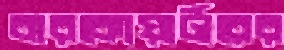
বারকোয়ার্টারের